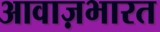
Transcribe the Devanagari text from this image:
आवाज़भारत